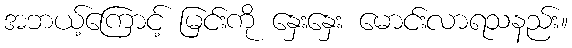
အဘယ့်ကြောင့် မြင်းကို နှေးနှေး မောင်းလာရသနည်း။